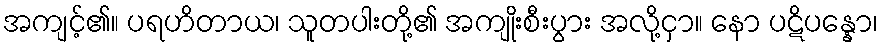
အကျင့်၏။ ပရဟိတာယ၊ သူတပါးတို့၏ အကျိုးစီးပွား အလို့ငှာ။ နော ပဋိပန္နော၊